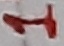
Text: 1